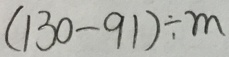
( 1 3 0 - 9 1 ) \div m